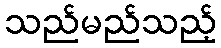
သည်မည်သည့်